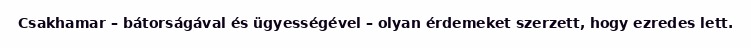
Csakhamar – bátorságával és ügyességével – olyan érdemeket szerzett, hogy ezredes lett.